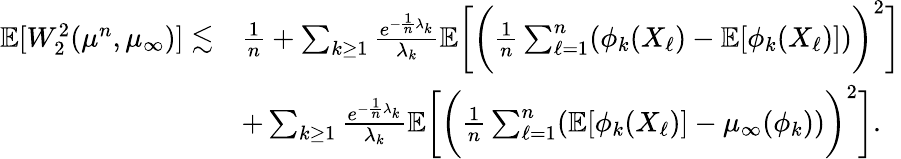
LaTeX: \begin{array}{rl}{\mathbb{E}[W_{2}^{2}(\mu^{n},\mu_{\infty})]\lesssim}&{\frac 1n+\sum_{k\ge 1}\frac{e^{-\frac 1n\lambda_{k}}}{\lambda_{k}}\mathbb{E}\bigg[\bigg(\frac 1n\sum_{\ell=1}^{n}(\phi_{k}(X_{\ell})-\mathbb{E}[\phi_{k}(X_{\ell})])\bigg)^{2}\bigg]}\\ &{+\sum_{k\ge 1}\frac{e^{-\frac 1n\lambda_{k}}}{\lambda_{k}}\mathbb{E}\bigg[\bigg(\frac 1n\sum_{\ell=1}^{n}(\mathbb{E}[\phi_{k}(X_{\ell})]-\mu_{\infty}(\phi_{k}))\bigg)^{2}\bigg].}\end{array}